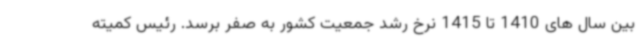
بین سال های 1410 تا 1415 نرخ رشد جمعیت کشور به صفر برسد. رئیس کمیته